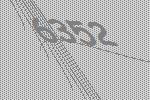
6352